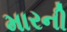
મારની